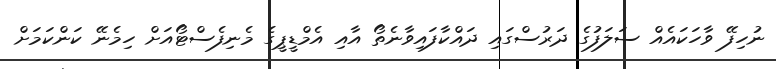
ނުހިފޭ ވާހަކައެއް ސަލަފުގެ ދަރުސްގައި ދައްކާފައިވާނެތޯ އާއި އެމްޑީޕީގެ މެނިފެސްޓޯއަށް ހިމެނޭ ކަންކަމަށް